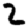
Digit: 2